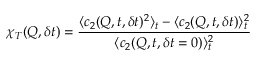
\chi _ { T } ( Q , \delta t ) = \frac { \langle c _ { 2 } ( Q , t , \delta t ) ^ { 2 } \rangle _ { t } - \langle c _ { 2 } ( Q , t , \delta t ) \rangle _ { t } ^ { 2 } } { \langle c _ { 2 } ( Q , t , \delta t = 0 ) \rangle _ { t } ^ { 2 } }